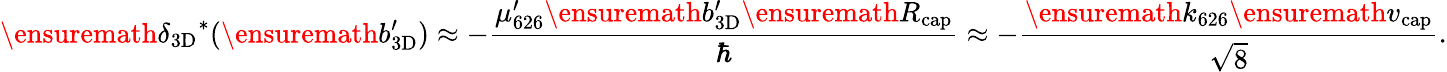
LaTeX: \ensuremath{\delta_{\mathrm{3D}}}^{*}(\ensuremath{b_{\mathrm{3D}}^{\prime}})\approx-\frac{\mu_{626}^{\prime}\ensuremath{b_{\mathrm{3D}}^{\prime}}\ensuremath{R_{\mathrm{cap}}}}{\hbar}\approx-\frac{\ensuremath{k_{626}}\ensuremath{v_{\mathrm{cap}}}}{\sqrt{8}}.